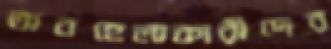
অবহেলাকারীদের